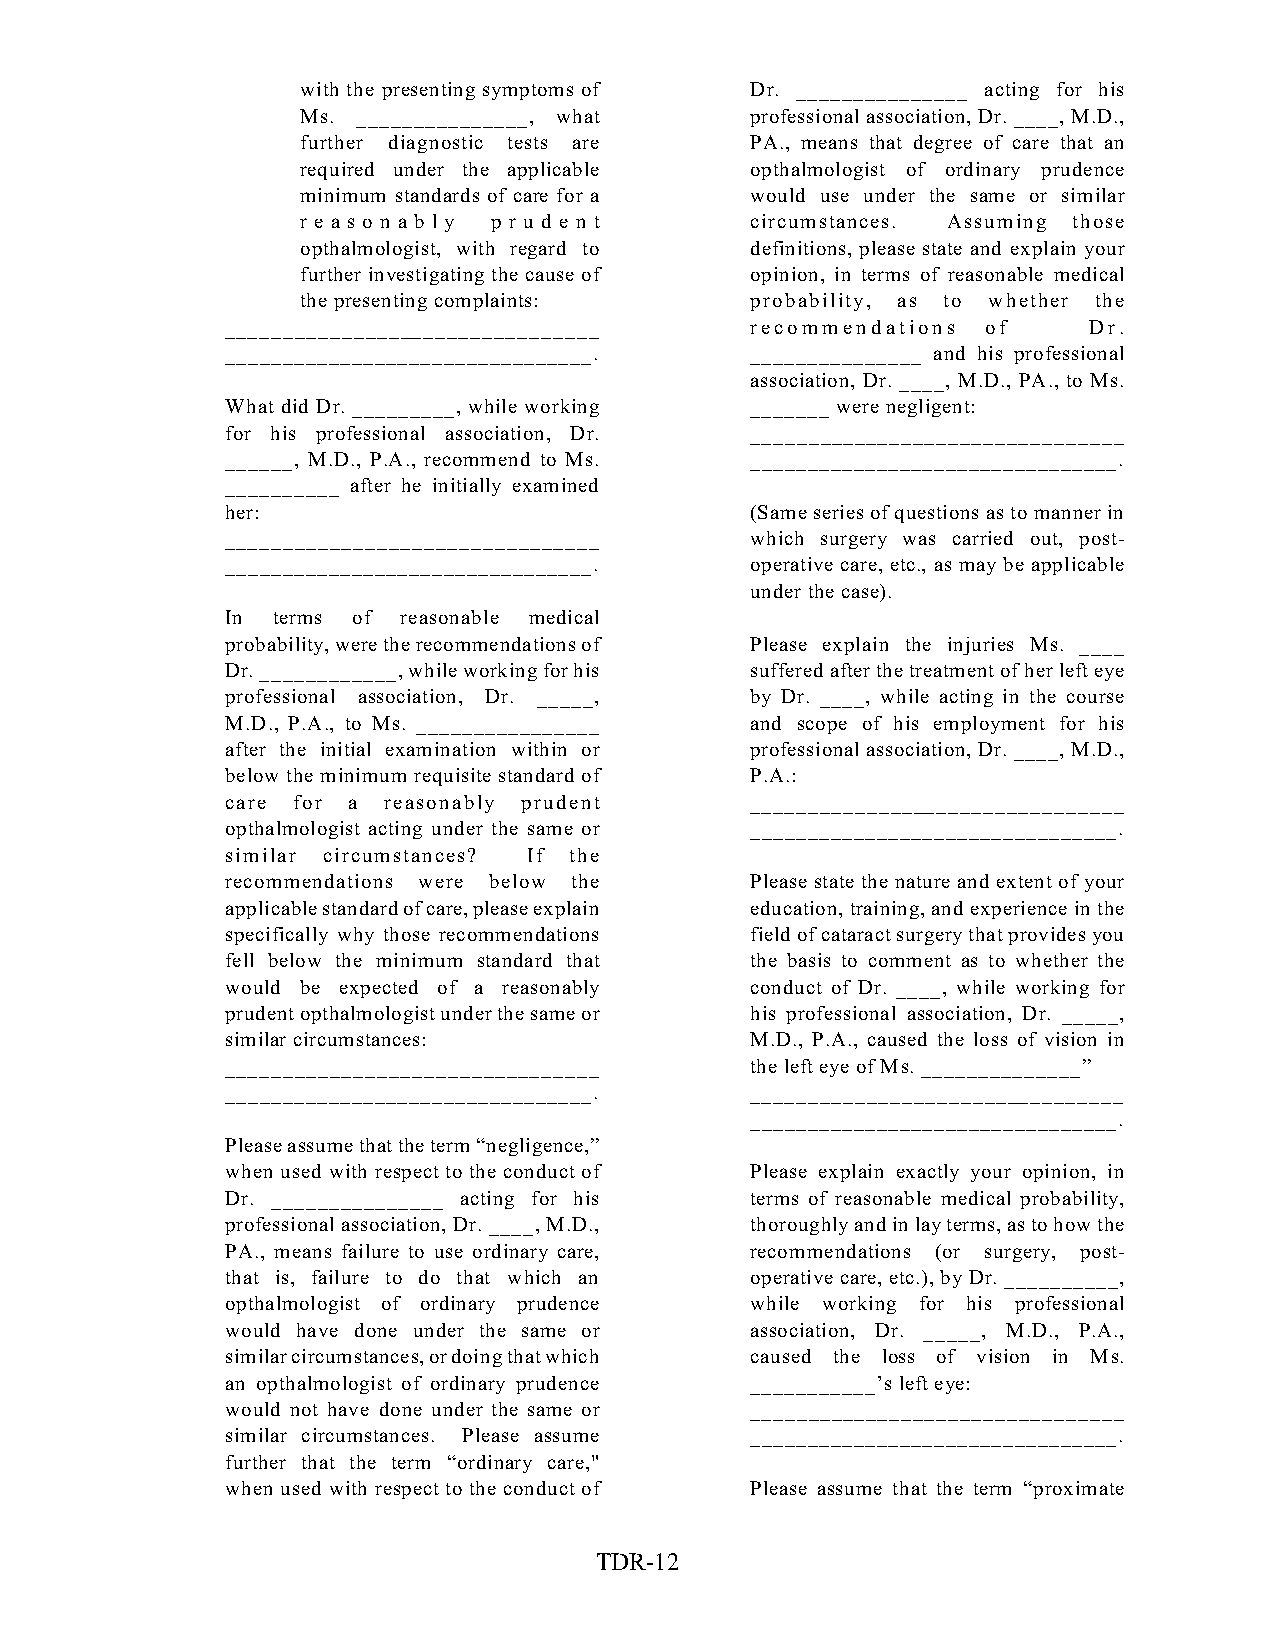
with the presenting symptoms of Dr. _______________ acting for his
 Ms. _______________, what     professional association, Dr. ____, M.D.,
 further diagnostic tests are  PA., means that degree of care that an
 required under the applicable opthalmologist of ordinary prudence
 minimum standards of care for a would use under the same or similar
 r e a s o n a b l y p r u d e n t circumstances. Assuming those
 opthalmologist, with regard to definitions, please state and explain your
 further investigating the cause of opinion, in terms of reasonable medical
 the presenting complaints:    probability, as to whether the
 ________________________________   recommendations of    Dr.
 ________________________________.  _______________ and his professional
 association, Dr. ____, M.D., PA., to Ms.
 What did Dr. _________, while working _______ were negligent:
 for his professional association, Dr. ________________________________
 ______, M.D., P.A., recommend to Ms. ________________________________.
 __________ after he initially examined
 her:                               (Same series of questions as to manner in
 ________________________________   which surgery was carried out, post-
 ________________________________.  operative care, etc., as may be applicable
 under the case).
 In terms of reasonable medical
 probability, were the recommendations of Please explain the injuries Ms. ____
 Dr. ____________, while working for his suffered after the treatment of her left eye
 professional association, Dr. _____, by Dr. ____, while acting in the course
 M.D., P.A., to Ms. ________________ and scope of his employment for his
 after the initial examination within or professional association, Dr. ____, M.D.,
 below the minimum requisite standard of P.A.:
 care for a reasonably prudent      ________________________________
 opthalmologist acting under the same or ________________________________.
 similar circumstances? If the
 recommendations were below the     Please state the nature and extent of your
 applicable standard of care, please explain education, training, and experience in the
 specifically why those recommendations field of cataract surgery that provides you
 fell below the minimum standard that the basis to comment as to whether the
 would be expected of a reasonably  conduct of Dr. ____, while working for
 prudent opthalmologist under the same or his professional association, Dr. _____,
 similar circumstances:             M.D., P.A., caused the loss of vision in
 ________________________________   the left eye of Ms. ______________”
 ________________________________.  ________________________________
 ________________________________.
 Please assume that the term “negligence,”
 when used with respect to the conduct of Please explain exactly your opinion, in
 Dr. _______________ acting for his terms of reasonable medical probability,
 professional association, Dr. ____, M.D., thoroughly and in lay terms, as to how the
 PA., means failure to use ordinary care, recommendations (or surgery, post-
 that is, failure to do that which an operative care, etc.), by Dr. __________,
 opthalmologist of ordinary prudence while working for his professional
 would have done under the same or  association, Dr. _____, M.D., P.A.,
 similar circumstances, or doing that which caused the loss of vision in Ms.
 an opthalmologist of ordinary prudence ___________’s left eye:
 would not have done under the same or ________________________________
 similar circumstances. Please assume ________________________________.
 further that the term “ordinary care,"
 when used with respect to the conduct of Please assume that the term “proximate
 TDR-12